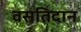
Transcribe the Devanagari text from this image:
वसतिदान